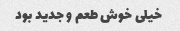
خیلی خوش طعم و جدید بود